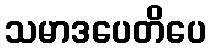
သမာဒပေတိပေ